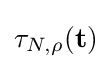
\tau _{N,\rho }(\mathbf {t} )